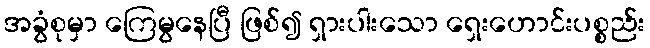
အခွံစုမှာ ကြေမွနေပြီ ဖြစ်၍ ရှားပါးသော ရှေးဟောင်းပစ္စည်း